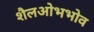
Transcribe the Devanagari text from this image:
शैलओभभोव